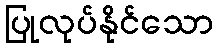
ပြုလုပ်နိုင်သော